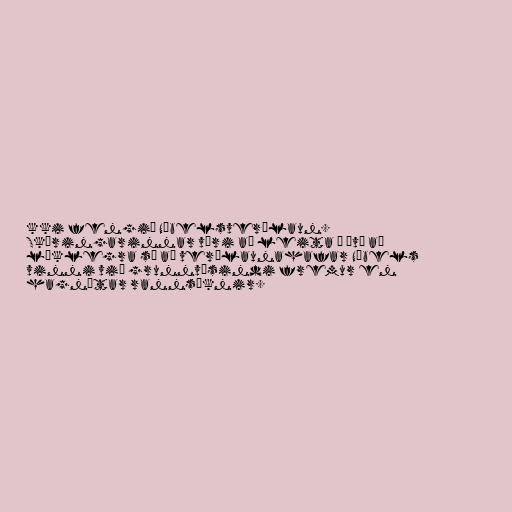
kki fengið Nóbelsverðlaun.
Skýringarinnar væri að leita í því að
líklegra sé að verðlaunahafar Nóbels
vinni við grunnvísindi fremur en
hagnýtar rannsóknir.